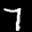
Label: 7